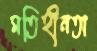
মতিহীনতা